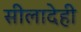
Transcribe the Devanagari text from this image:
सीलादेही